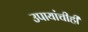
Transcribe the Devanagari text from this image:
उपायांचीही